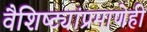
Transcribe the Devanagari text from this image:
वैशिष्ट्यांप्रमाणेही